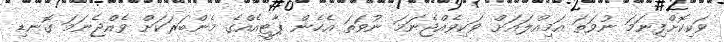
ވަކިކޮށްފިނަމަ ނުވަތަ އަމިއްލައަށް ވަކިވެއްޖެނަމަ ނުވަތަ އެހެން ޕާޓީއެއްގެ މެންބަރަކަށް ވެއްޖެނަމަ ގޮނޑި